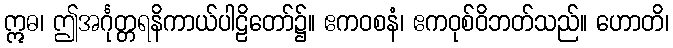
ဣဓ၊ ဤအင်္ဂုတ္တရနိကာယ်ပါဠိတော်၌။ ဧကဝစနံ၊ ဧကဝုစ်ဝိဘတ်သည်။ ဟောတိ၊